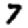
Digit: 7